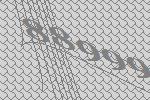
88999